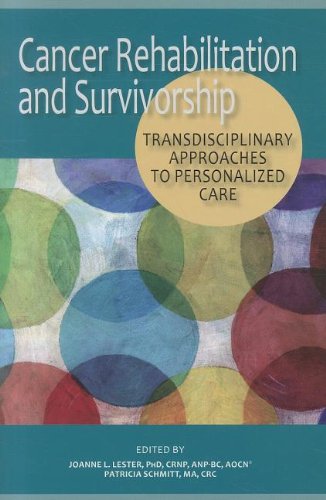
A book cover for Cancer Rehabilitation and Survivorship: Transdisciplinary Approaches to Personalized Care; Medical Books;